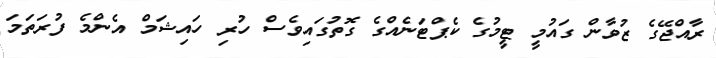
ރާއްޖޭގެ ޒުވާން ގައުމީ ޓީމުގެ ކެޕްޓަނެއްގެ ގޮތުގައިވެސް ހުރި ހައިޝަމް އެންމެ ފުރަތަމަ